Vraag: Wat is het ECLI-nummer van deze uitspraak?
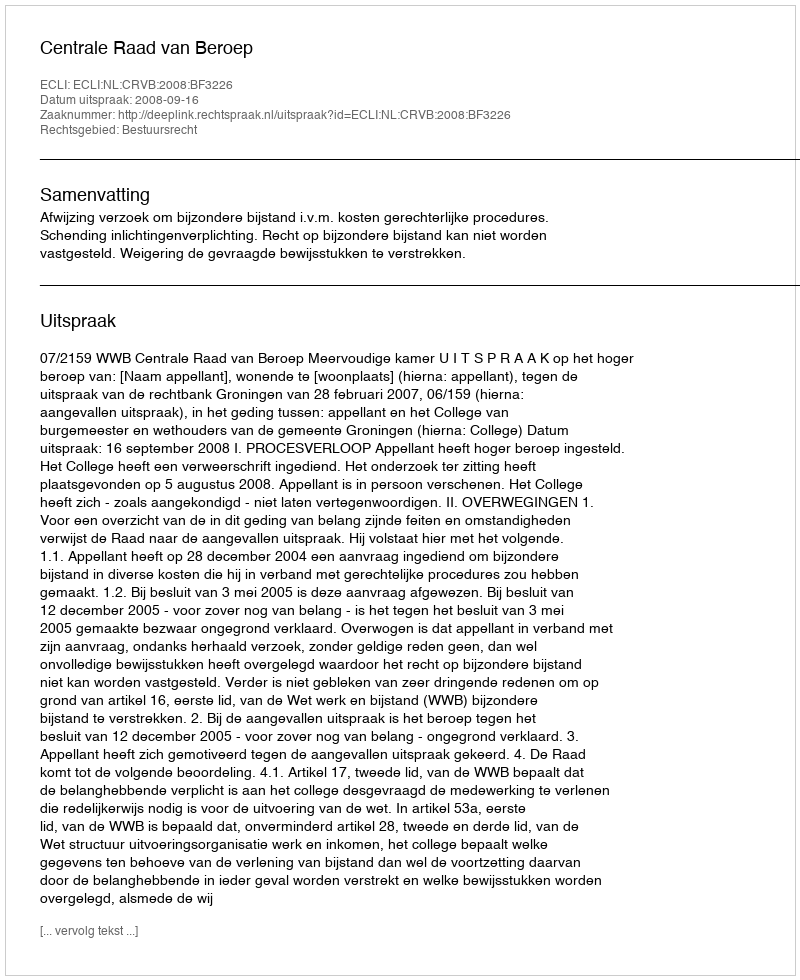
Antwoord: ECLI:NL:CRVB:2008:BF3226